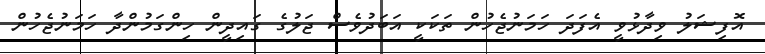
އޮފިޝަލު ވިދާޅުވީ އެފަދަ ހަމަނުޖެހުން ތަކަކީ އަބަދުވެސް ޖަލުގެ ގައިދީން ހިންގަމުންދާ ހަމަނުޖެހުން